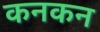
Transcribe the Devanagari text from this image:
कनकन